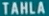
TAHLA